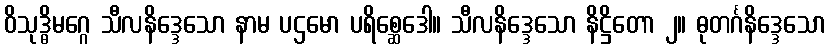
ဝိသုဒ္ဓိမဂ္ဂေ သီလနိဒ္ဒေသော နာမ ပဌမော ပရိစ္ဆေဒေါ။ သီလနိဒ္ဒေသော နိဋ္ဌိတော ၂။ ဓုတင်္ဂနိဒ္ဒေသော